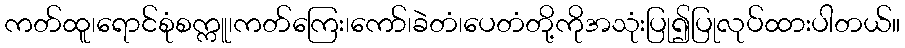
ကတ်ထူ၊ရောင်စုံစက္ကူ၊ကတ်ကြေး၊ကော်၊ခဲတံ၊ပေတံတို့ကိုအသုံးပြု၍ပြုလုပ်ထားပါတယ်။